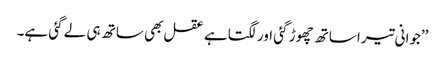
’’جوانی تیرا ساتھ چھوڑ گئی اور لگتا ہے عقل بھی ساتھ ہی لے گئی ہے۔